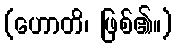
(ဟောတိ၊ ဖြစ်၏။)